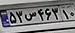
۵۳س۴۶۳۱۰